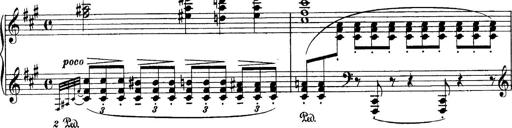
Title: Sonatina No.6
Composer: Ferruccio Busoni